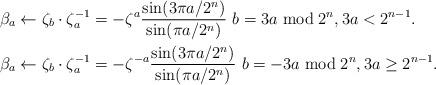
LaTeX: \begin{align*}\beta_a &\leftarrow \zeta_b\cdot \zeta_a^{-1} = -\zeta^a \frac{\sin(3\pi a /2^n)}{\sin(\pi a/2^n)}\ b = 3a\bmod 2^{n}, 3a<2^{n-1}.\\\beta_a &\leftarrow \zeta_b\cdot \zeta_a^{-1} = -\zeta^{-a} \frac{\sin(3\pi a /2^n)}{\sin(\pi a/2^n)}\ b = -3a\bmod 2^{n}, 3a\geq2^{n-1}.\\\end{align*}